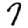
Digit: 7